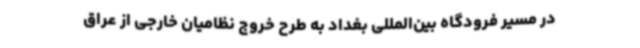
در مسیر فرودگاه بین‌المللی بغداد به طرح خروج نظامیان خارجی از عراق